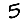
Digit: 5